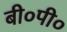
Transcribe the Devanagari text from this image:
बी०पी०